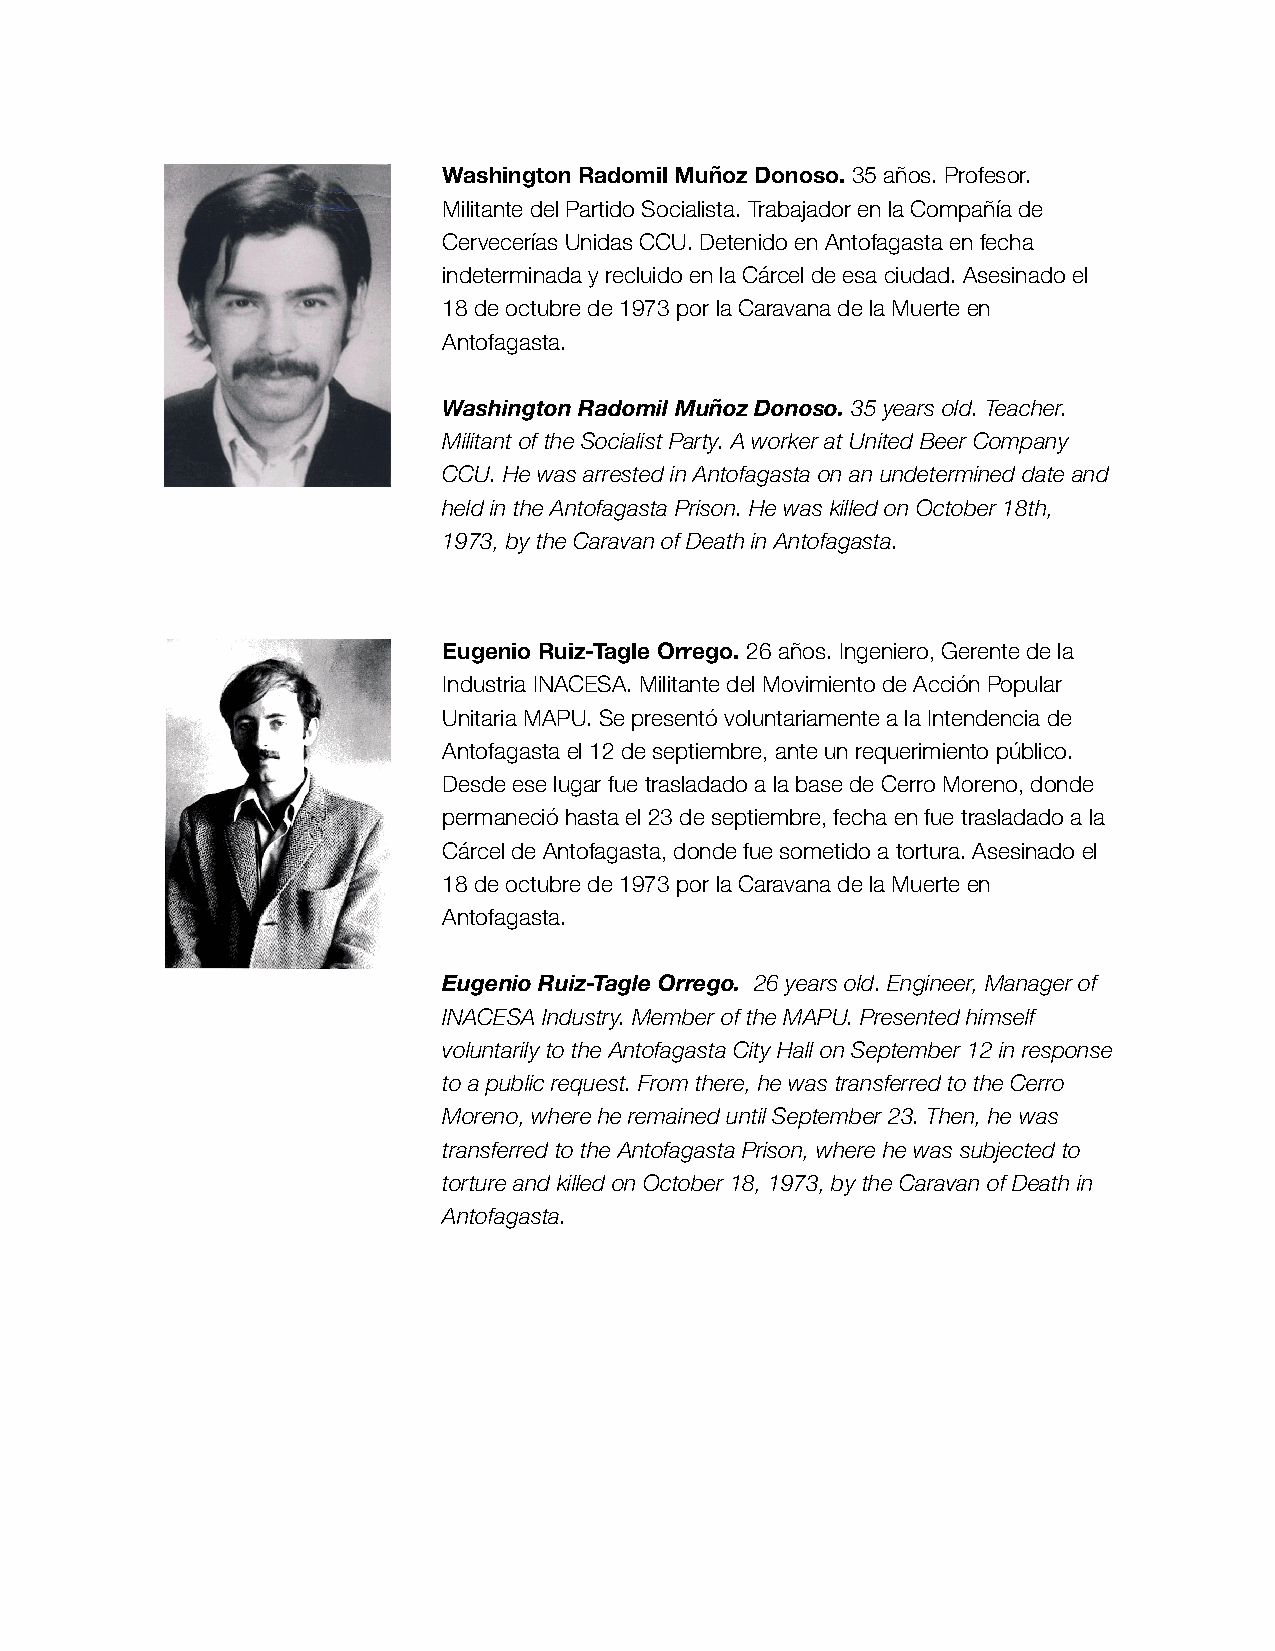
Washington Radomil Muñoz Donoso. 35 años. Profesor.
 Militante del Partido Socialista. Trabajador en la Compañía de
 Cervecerías Unidas CCU. Detenido en Antofagasta en fecha
 indeterminada y recluido en la Cárcel de esa ciudad. Asesinado el
 18 de octubre de 1973 por la Caravana de la Muerte en
 Antofagasta.
 Washington Radomil Muñoz Donoso. 35 years old. Teacher.
 Militant of the Socialist Party. A worker at United Beer Company
 CCU. He was arrested in Antofagasta on an undetermined date and
 held in the Antofagasta Prison. He was killed on October 18th,
 1973, by the Caravan of Death in Antofagasta.
 Eugenio Ruiz-Tagle Orrego. 26 años. Ingeniero, Gerente de la
 Industria INACESA. Militante del Movimiento de Acción Popular
 Unitaria MAPU. Se presentó voluntariamente a la Intendencia de
 Antofagasta el 12 de septiembre, ante un requerimiento público.
 Desde ese lugar fue trasladado a la base de Cerro Moreno, donde
 permaneció hasta el 23 de septiembre, fecha en fue trasladado a la
 Cárcel de Antofagasta, donde fue sometido a tortura. Asesinado el
 18 de octubre de 1973 por la Caravana de la Muerte en
 Antofagasta.
 Eugenio Ruiz-Tagle Orrego. 26 years old. Engineer, Manager of
 INACESA Industry. Member of the MAPU. Presented himself
 voluntarily to the Antofagasta City Hall on September 12 in response
 to a public request. From there, he was transferred to the Cerro
 Moreno, where he remained until September 23. Then, he was
 transferred to the Antofagasta Prison, where he was subjected to
 torture and killed on October 18, 1973, by the Caravan of Death in
 Antofagasta.